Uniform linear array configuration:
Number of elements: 24
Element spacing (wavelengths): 0.75
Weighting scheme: hamming
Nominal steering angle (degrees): -45
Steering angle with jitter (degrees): -45.591
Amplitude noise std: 0.05
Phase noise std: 0.05

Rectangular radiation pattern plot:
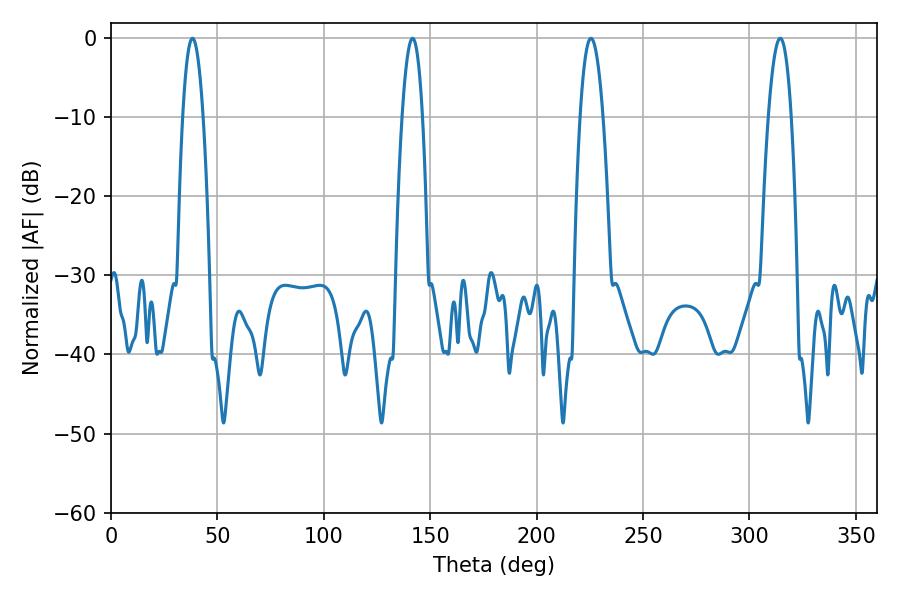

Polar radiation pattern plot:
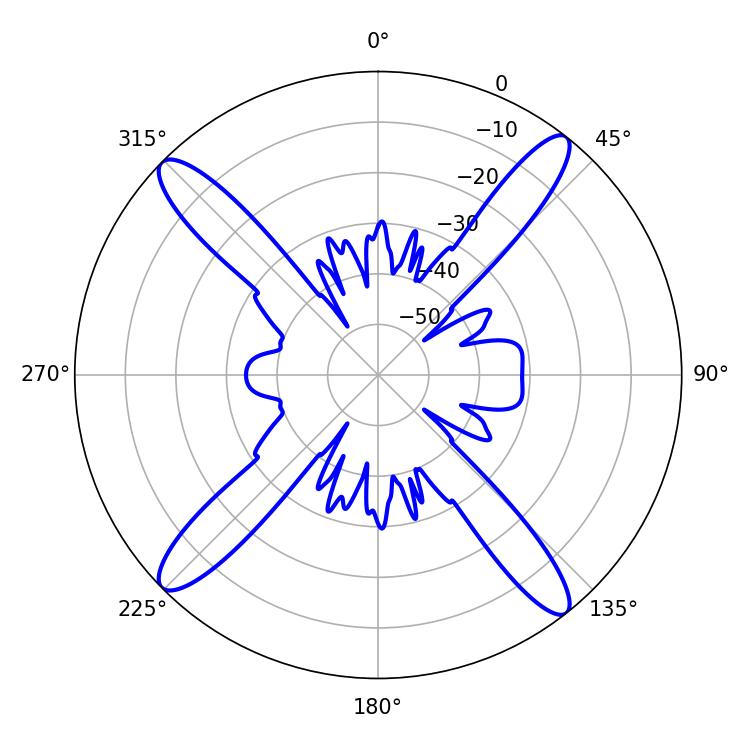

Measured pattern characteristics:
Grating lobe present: TRUE
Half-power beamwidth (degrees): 5.94
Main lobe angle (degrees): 225.54